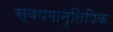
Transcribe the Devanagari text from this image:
स्वयमानुलिपिक